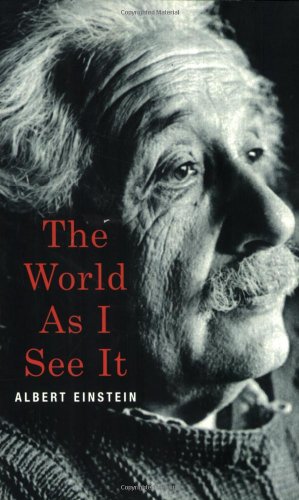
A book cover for The World As I See It; Albert Einstein; Literature & Fiction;